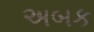
અબક